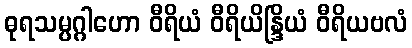
ဓုရသမ္ပဂ္ဂါဟော ဝီရိယံ ဝီရိယိန္ဒြိယံ ဝီရိယဗလံ